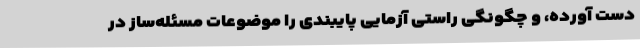
دست آورده، و چگونگی راستی آزمایی پایبندی را موضوعات مسئله‌ساز در